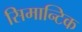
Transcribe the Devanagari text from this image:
सिमान्टिक